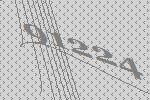
91224